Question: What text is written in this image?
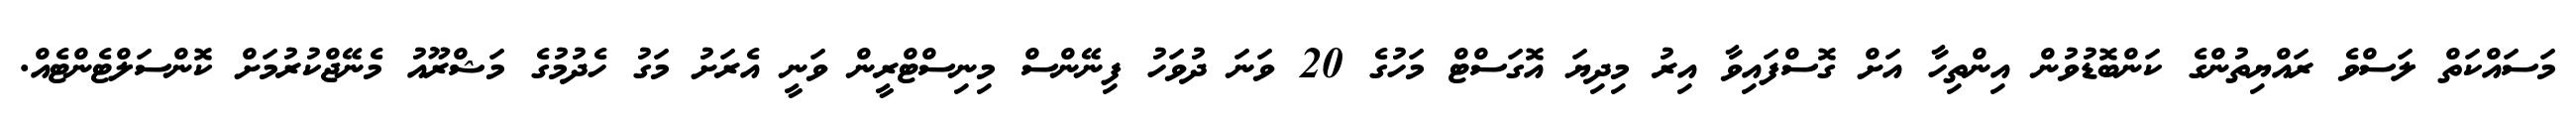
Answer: މަސައްކަތް ލަސްވެ ރައްޔިތުންގެ ކަންބޮޑުވުން އިންތިހާ އަށް ގޮސްފައިވާ އިރު މިދިޔަ އޮގަސްޓް މަހުގެ 20 ވަނަ ދުވަހު ފިނޭންސް މިނިސްޓްރީން ވަނީ އެރަށު މަގު ހެދުމުގެ މަޝްރޫއު މެނޭޖްކުރުމަށް ކޮންސަލްޓެންޓެއް.